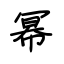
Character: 幂